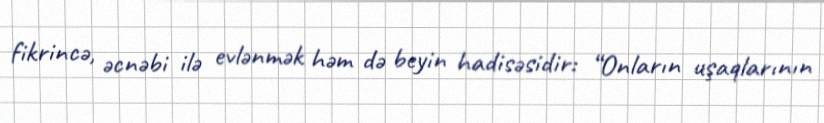
fikrincə, əcnəbi ilə evlənmək həm də beyin hadisəsidir: “Onların uşaqlarının